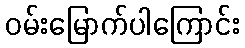
ဝမ်းမြောက်ပါကြောင်း